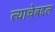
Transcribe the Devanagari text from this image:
त्याचेबद्दल